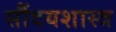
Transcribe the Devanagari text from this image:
सौंदयशास्त्र